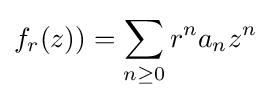
\displaystyle {f_{r}(z))=\sum _{n\geq 0}r^{n}a_{n}z^{n}}